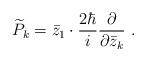
LaTeX: \begin{align*} \widetilde P_k = {\bar z_1} \cdot \frac {2 \hbar}{i} \frac {\partial} {\partial {\bar z_k}} \ .\end{align*}